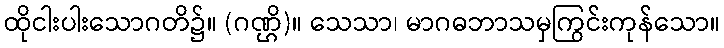
ထိုငါးပါးသောဂတိ၌။ (ဂဏ္ဌိ)။ သေသာ၊ မာဂဓဘာသမှကြွင်းကုန်သော။